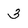
Character: 3